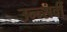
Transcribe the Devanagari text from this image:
उन्न्सवीं